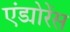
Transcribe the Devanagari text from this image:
एंड्योरेंस